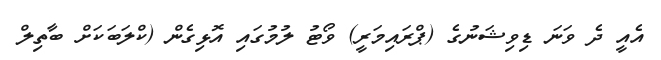
އެއީ ދެ ވަނަ ޑިވިޝަނުގެ (ޕްރައިމަރީ) ވޯޓު ލުމުގައި އޮޅިގެން (ކްލަބަކަށް ބާތިލް